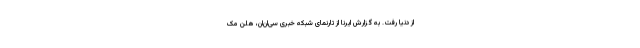
از دنیا رفت. به گزارش ایرنا از تارنمای شبکه خبری سی‌ان‌ان، هلن مک